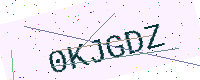
Text: 0KJGDZ